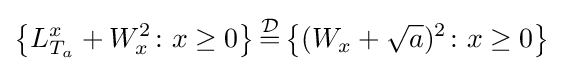
\left\{L_{T_{a}}^{x}+W_{x}^{2}\colon x\geq 0\right\}{\stackrel {\mathcal {D}}{=}}\left\{(W_{x}+{\sqrt {a}})^{2}\colon x\geq 0\right\}